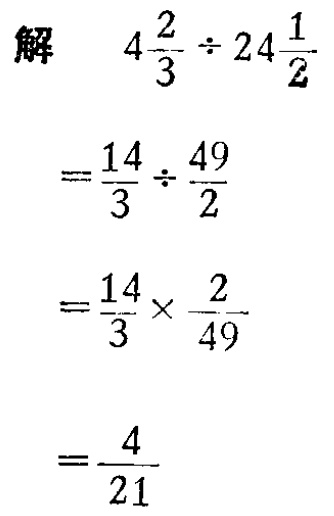
解

\[

\begin{align*}

4\frac{2}{3}\div24\frac{1}{2}&=\frac{14}{3}\div\frac{49}{2}\\

&=\frac{14}{3}\times\frac{2}{49}\\

&=\frac{4}{21}

\end{align*}

\]